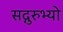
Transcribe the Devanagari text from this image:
सद्गुरुभ्यो